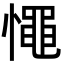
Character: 憴